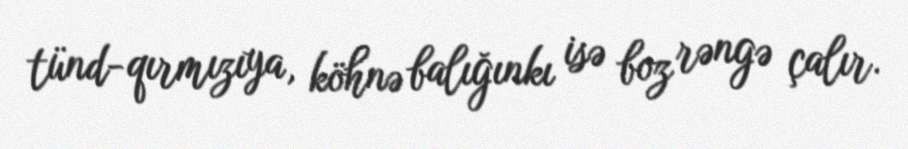
tünd-qırmızıya, köhnə balığınkı isə boz rəngə çalır.